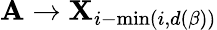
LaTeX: \mathbf{A}\to\mathbf{X}_{i-\operatorname*{min}(i,d(\beta))}